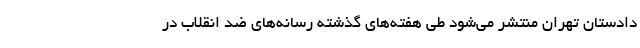
دادستان تهران منتشر می‌شود طی هفته‌های گذشته رسانه‌های ضد انقلاب در